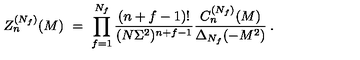
Z _ { n } ^ { ( N _ { f } ) } ( M ) \ = \ \prod _ { f = 1 } ^ { N _ { f } } \frac { ( n + f - 1 ) ! } { ( N \Sigma ^ { 2 } ) ^ { n + f - 1 } } \frac { C _ { n } ^ { ( N _ { f } ) } ( M ) } { \Delta _ { N _ { f } } ( - M ^ { 2 } ) } \: .